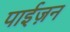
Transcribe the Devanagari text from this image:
पाईज़न